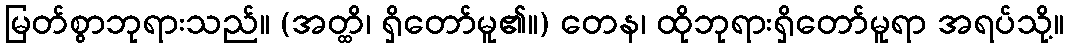
မြတ်စွာဘုရားသည်။ (အတ္ထိ၊ ရှိတော်မူ၏။) တေန၊ ထိုဘုရားရှိတော်မူရာ အရပ်သို့။